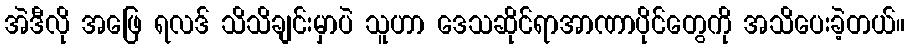
အဲဒီလို အဖြေ ရလဒ် သိသိချင်းမှာပဲ သူဟာ ဒေသဆိုင်ရာအာဏာပိုင်တွေကို အသိပေးခဲ့တယ်။